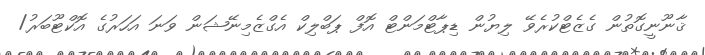
ޤާނޫނީގޮތުން ގެޒެޓްކުރެވޭ ލިޔުން ޑިޕާޓްމަންޓް އޮފް ޕަބްލިކް އެގްޒެމިނޭޝަން ވަނަ އަހަރުގެ އޮކްޓޫބަރު/